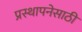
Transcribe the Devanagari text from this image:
प्रस्थापनेसाठी